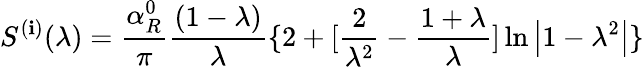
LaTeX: S^{(\mathbf{i})}(\lambda)=\frac{{\alpha_{R}^{0}}}{\pi}\frac{{(1-\lambda)}}{\lambda}\{ 2+[\frac{2}{{\lambda^{2}}}-\frac{{1+\lambda}}{\lambda}]\ln\left|1-\lambda^{2}\right|\}